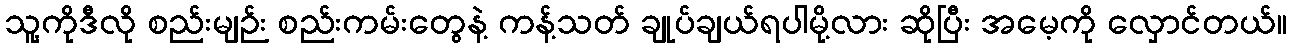
သူ့ကိုဒီလို စည်းမျဉ်း စည်းကမ်းတွေနဲ့ ကန့်သတ် ချုပ်ချယ်ရပါမို့လား ဆိုပြီး အမေ့ကို လှောင်တယ်။